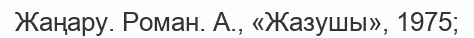
Жаңару. Роман. А., «Жазушы», 1975;